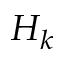
H _ { k }